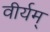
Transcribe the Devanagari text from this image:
वीर्यम्